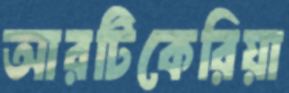
আরটিকেরিয়া